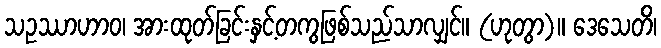
သဥဿာဟာဝ၊ အားထုတ်ခြင်းနှင့်တကွဖြစ်သည်သာလျှင်။ (ဟုတွာ)။ ဒေသေတိ၊